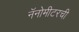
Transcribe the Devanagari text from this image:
नॅनोमीटरची